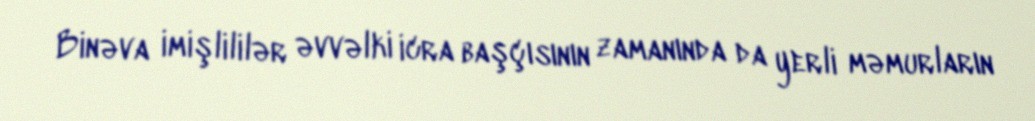
Binəva imişlililər əvvəlki icra başçısının zamanında da yerli məmurların